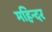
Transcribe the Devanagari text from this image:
महिन्दर